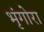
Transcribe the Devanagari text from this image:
भृंगोरा